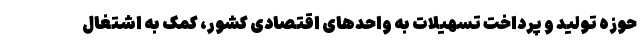
حوزه تولید و پرداخت تسهیلات به واحدهای اقتصادی کشور، کمک به اشتغال